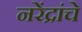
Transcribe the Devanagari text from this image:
नरेंद्रांचे